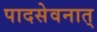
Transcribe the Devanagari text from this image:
पादसेवनात्